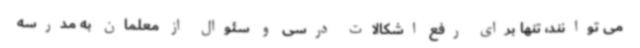
می توانند، تنها برای رفع اشکالات درسی و سئوال از معلمان به مدرسه